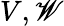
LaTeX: V,\mathscr{W}